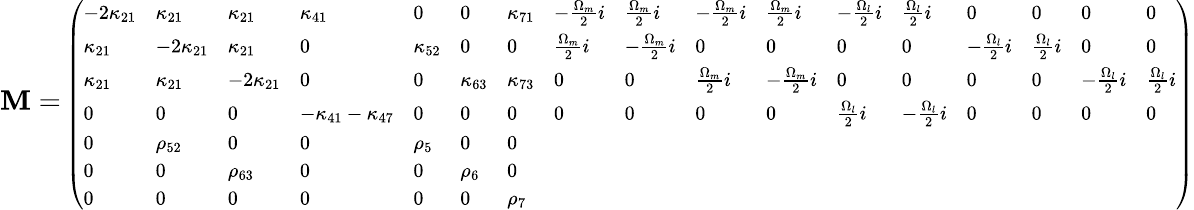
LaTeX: \mathbf{M}=\scriptsize{\left(\begin{array}{lllllllllllllllll}{-2\kappa_{21}}&{\kappa_{21}}&{\kappa_{21}}&{\kappa_{41}}&{0}&{0}&{\kappa_{71}}&{-\frac{\Omega_{m}}{2}i}&{\frac{\Omega_{m}}{2}i}&{-\frac{\Omega_{m}}{2}i}&{\frac{\Omega_{m}}{2}i}&{-\frac{\Omega_{l}}{2}i}&{\frac{\Omega_{l}}{2}i}&{0}&{0}&{0}&{0}\\ {\kappa_{21}}&{-2\kappa_{21}}&{\kappa_{21}}&{0}&{\kappa_{52}}&{0}&{0}&{\frac{\Omega_{m}}{2}i}&{-\frac{\Omega_{m}}{2}i}&{0}&{0}&{0}&{0}&{-\frac{\Omega_{l}}{2}i}&{\frac{\Omega_{l}}{2}i}&{0}&{0}\\ {\kappa_{21}}&{\kappa_{21}}&{-2\kappa_{21}}&{0}&{0}&{\kappa_{63}}&{\kappa_{73}}&{0}&{0}&{\frac{\Omega_{m}}{2}i}&{-\frac{\Omega_{m}}{2}i}&{0}&{0}&{0}&{0}&{-\frac{\Omega_{l}}{2}i}&{\frac{\Omega_{l}}{2}i}\\ {0}&{0}&{0}&{-\kappa_{41}-\kappa_{47}}&{0}&{0}&{0}&{0}&{0}&{0}&{0}&{\frac{\Omega_{l}}{2}i}&{-\frac{\Omega_{l}}{2}i}&{0}&{0}&{0}&{0}\\ {0}&{\rho_{52}}&{0}&{0}&{\rho_{5}}&{0}&{0}\\ {0}&{0}&{\rho_{63}}&{0}&{0}&{\rho_{6}}&{0}\\ {0}&{0}&{0}&{0}&{0}&{0}&{\rho_{7}}\end{array}\right)}